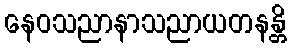
နေဝသညာနာသညာယတနန္တိ